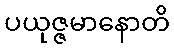
ပယုဇ္ဇမာနောတိ